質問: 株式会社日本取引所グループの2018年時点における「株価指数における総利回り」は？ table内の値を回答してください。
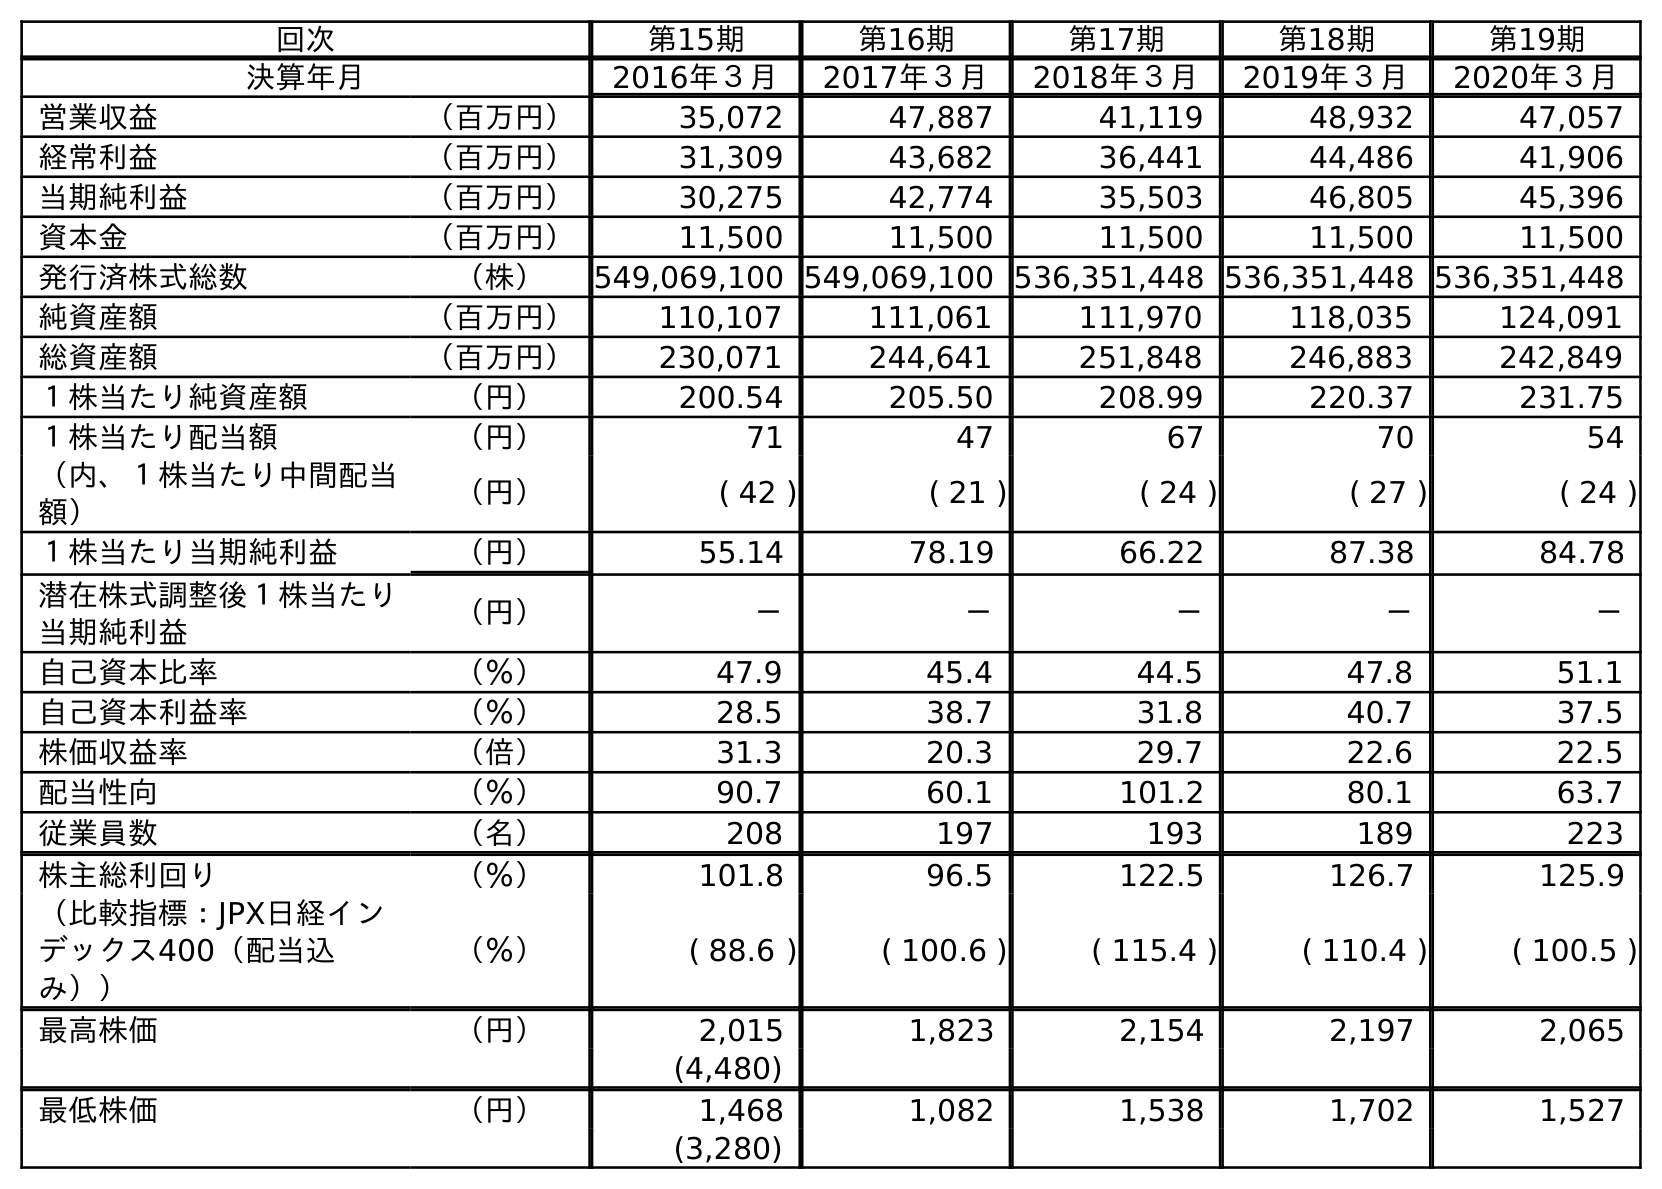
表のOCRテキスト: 回次 第15期 第16期 第17期 第18期 第19期 決算年月 2016年３月 2017年３月 2018年３月 2019年３月 2020年３月 営業収益 （百万円） 35,072 47,887 41,119 48,932 47,057 経常利益 （百万円） 31,309 43,682 36,441 44,486 41,906 当期純利益 （百万円） 30,275 42,774 35,503 46,805 45,396 資本金 （百万円） 11,500 11,500 11,500 11,500 11,500 発行済株式総数 （株） 549,069,100 549,069,100 536,351,448 536,351,448 536,351,448 純資産額 （百万円） 110,107 111,061 111,970 118,035 124,091 総資産額 （百万円） 230,071 244,641 251,848 246,883 242,849 １株当たり純資産額 （円） 200.54 205.50 208.99 220.37 231.75 １株当たり配当額 （円） 71 47 67 70 54 （内、１株当たり中間配当 額） （円） ( 42 ) ( 21 ) ( 24 ) ( 27 ) ( 24 ) １株当たり当期純利益 （円） 55.14 78.19 66.22 87.38 84.78 潜在株式調整後１株当たり 当期純利益 （円） － － － － － 自己資本比率 （％） 47.9 45.4 44.5 47.8 51.1 自己資本利益率 （％） 28.5 38.7 31.8 40.7 37.5 株価収益率 （倍） 31.3 20.3 29.7 22.6 22.5 配当性向 （％） 90.7 60.1 101.2 80.1 63.7 従業員数 （名） 208 197 193 189 223 株主総利回り （％） 101.8 96.5 122.5 126.7 125.9 （比較指標：JPX日経イン デックス400（配当込 み）） （％） ( 88.6 ) ( 100.6 ) ( 115.4 ) ( 110.4 ) ( 100.5 ) 最高株価 （円） 2,015 1,823 2,154 2,197 2,065 (4,480) 最低株価 （円） 1,468 1,082 1,538 1,702 1,527 (3,280)
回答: (115.4)